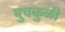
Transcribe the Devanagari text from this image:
बुचकुळी